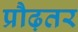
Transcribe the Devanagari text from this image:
प्रौढ़तर